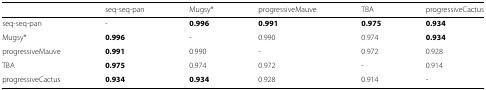
<table><thead><tr><td></td><td><b>seq-seq-pan</b></td><td><b>Mugsy*</b></td><td><b>progressiveMauve</b></td><td><b>TBA</b></td><td><b>progressiveCactus</b></td></tr></thead><tbody><tr><td>seq-seq-pan</td><td>-</td><td><b>0.996</b></td><td><b>0.991</b></td><td><b>0.975</b></td><td><b>0.934</b></td></tr><tr><td>Mugsy*</td><td><b>0.996</b></td><td>-</td><td>0.990</td><td>0.974</td><td><b>0.934</b></td></tr><tr><td>progressiveMauve</td><td><b>0.991</b></td><td>0.990</td><td>-</td><td>0.972</td><td>0.928</td></tr><tr><td>TBA</td><td><b>0.975</b></td><td>0.974</td><td>0.972</td><td>-</td><td>0.914</td></tr><tr><td>progressiveCactus</td><td><b>0.934</b></td><td><b>0.934</b></td><td>0.928</td><td>0.914</td><td>-</td></tr></tbody></table>